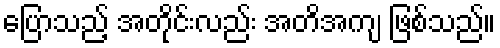
ပြောသည့် အတိုင်းလည်း အတိအကျ ဖြစ်သည်။